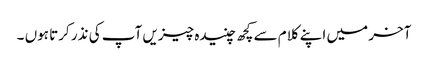
آخر میں اپنے کلام سے کچھ چنیدہ چیزیں آپ کی نذر کرتا ہوں ۔